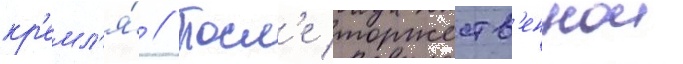
кр'емл'я́ // Посл'е торжеств'еннои